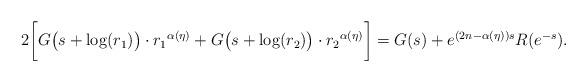
LaTeX: \begin{align*}2 \bigg[G\big(s + \log(r_1) \big) \cdot {r_1}^{\alpha(\eta)} + G\big(s + \log(r_2) \big) \cdot {r_2}^{\alpha(\eta)} \bigg] = G(s) + e^{(2n-\alpha(\eta))s}R(e^{-s}).\end{align*}